Report on the working of the Ranchi Indian Mental Hospital, Kanke, in Bihar and Orissa - 1930-1940
Year: 1930
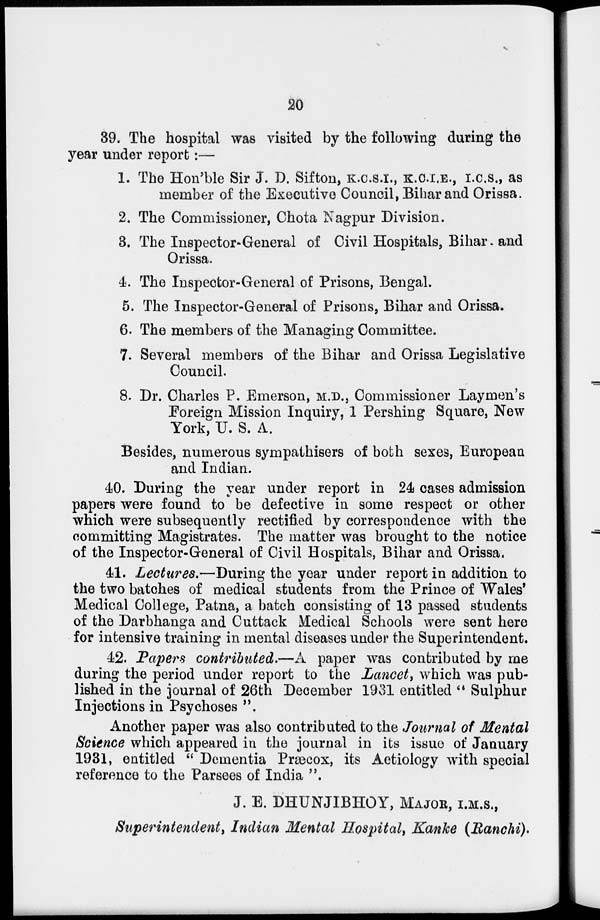
20
39. The hospital was visited by the following during the
year under report :—
1. The Hon'ble Sir J. D. Sifton, K.C.S.I., K.C.I.E., I.C.S., as
member of the Executive Council, Bihar and Orissa.
2. The Commissioner, Chota Nagpur Division.
3. The Inspector-General of Civil Hospitals, Bihar and
Orissa.
4. The Inspector-General of Prisons, Bengal.
5. The Inspector-General of Prisons, Bihar and Orissa.
6. The members of the Managing Committee.
7. Several members of the Bihar and Orissa Legislative
Council.
8. Dr. Charles P. Emerson, M.D., Commissioner Laymen's
Foreign Mission Inquiry, 1 Pershing Square, New
York, U. S. A.
Besides, numerous sympathisers of both sexes, European
and Indian.
40. During the year under report in 24 cases admission
papers were found to be defective in some respect or other
which were subsequently rectified by correspondence with the
committing Magistrates. The matter was brought to the notice
of the Inspector-General of Civil Hospitals, Bihar and Orissa.
41. Lectures.—During the year under report in addition to
the two batches of medical students from the Prince of Wales'
Medical College, Patna, a batch consisting of 13 passed students
of the Darbhanga and Cuttack Medical Schools were sent here
for intensive training in mental diseases under the Superintendent.
42. Papers contributed.—A paper was contributed by me
during the period under report to the Lancet, which was pub-
lished in the journal of 26th December 1931 entitled " Sulphur
Injections in Psychoses ".
Another paper was also contributed to the Journal of Mental
Science which appeared in the journal in its issue of January
1931, entitled " Dementia Præcox, its Aetiology with special
reference to the Parsees of India ".
J. E. DHUNJIBHOY, MAJOR, I.M.S.,
Superintendent, Indian Mental Hospital, Kanke (Ranchi).